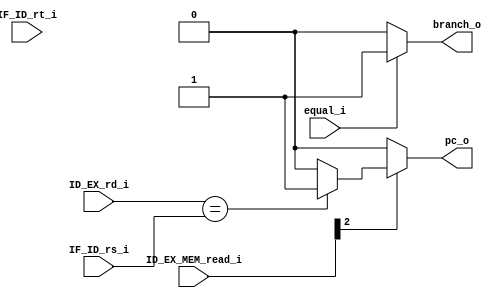
module Hazard_Detection(
    pc_o,
    branch_o,   //branch happened, handle flush and tell mux pc 
    equal_i,   // branch true
    IF_ID_rs_i,
    IF_ID_rt_i,
    ID_EX_rd_i,   //unknown
    ID_EX_MEM_read_i
);

output	pc_o;
output	branch_o;
input	equal_i;
input	[4:0]	IF_ID_rs_i;
input	[4:0]	IF_ID_rt_i;
input	[4:0]	ID_EX_rd_i;
input	[2:0]	ID_EX_MEM_read_i;
reg		tmp_branch_o;
reg 	tmp_pc_o;

always @(*) begin
	if (equal_i) begin 
		tmp_branch_o <= 1'b1;
		tmp_pc_o <= 1'b1;
	end
	else
		tmp_branch_o <= 1'b0;

	tmp_pc_o <= 1'b0;
	if (ID_EX_MEM_read_i[2] == 1) begin  //MEM
		if ( (ID_EX_rd_i == IF_ID_rs_i) || (ID_EX_rd_i == IF_ID_rs_i) )
			tmp_pc_o <= 1'b1;
	end

	//tmp_branch_o = 0; //debug
	//tmp_pc_o = 0; //debug
end

assign branch_o = tmp_branch_o;
assign pc_o = tmp_pc_o;

endmodule